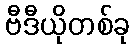
ဗီဒီယိုတစ်ခု